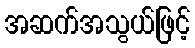
အဆက်အသွယ်ဖြင့်